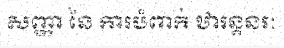
សញ្ញា នៃ ការបំពាក់ ឋារន្តនរៈ